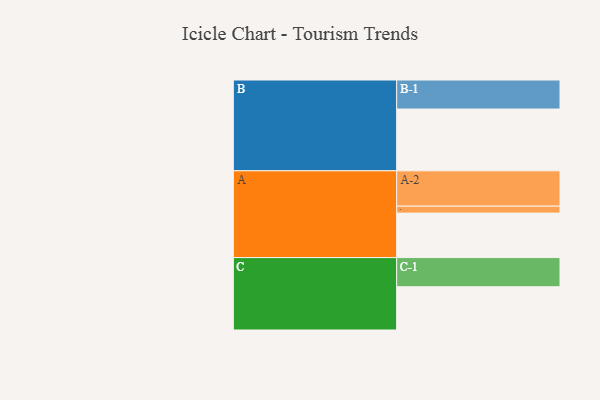
{"axis": {"x": "Segment", "y": "Value"}, "legend": ["", "A", "B", "C"], "data": [{"x": "A", "y": 375, "type": ""}, {"x": "B", "y": 521, "type": ""}, {"x": "C", "y": 365, "type": ""}, {"x": "A-1", "y": 59, "type": "A"}, {"x": "A-2", "y": 298, "type": "A"}, {"x": "B-1", "y": 245, "type": "B"}, {"x": "C-1", "y": 246, "type": "C"}]}